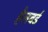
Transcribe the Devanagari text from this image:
हैलबर्ड